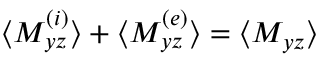
\langle M _ { y z } ^ { ( i ) } \rangle + \langle M _ { y z } ^ { ( e ) } \rangle = \langle M _ { y z } \rangle